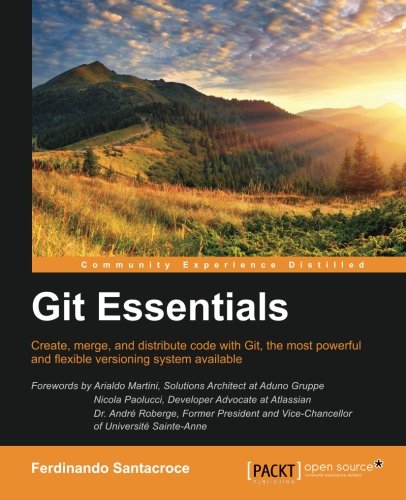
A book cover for Git Essentials; Ferdinando Santacroce; Computers & Technology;